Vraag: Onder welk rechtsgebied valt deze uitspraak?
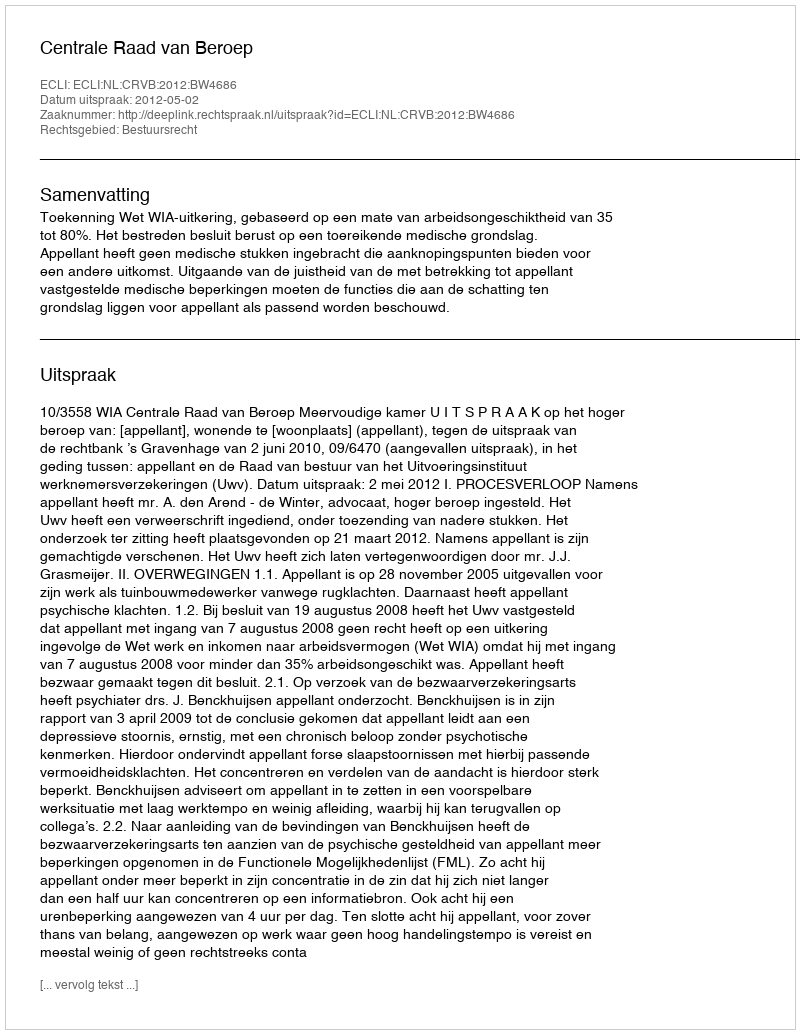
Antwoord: Bestuursrecht